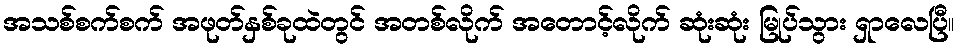
အသစ်စက်စက် အဖုတ်နှစ်ခုထဲတွင် အတစ်လိုက် အတောင့်လိုက် ဆုံးဆုံး မြုပ်သွား ရှာလေပြီ။